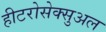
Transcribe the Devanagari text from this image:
हीटरोसेक्सुअल